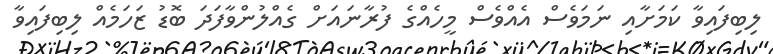
ލިބިފައިވާ ކަމަށާއި ނަމަވެސް އެއްވެސް މީހެއްގެ ފުރާނައަށް ގެއްލުންވާފަދަ ބޮޑު ޒަހަމެއް ލިބިފައިވާ